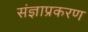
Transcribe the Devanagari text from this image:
संज्ञाप्रकरण